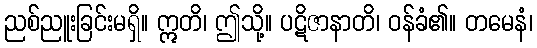
ညစ်ညူးခြင်းမရှိ။ ဣတိ၊ ဤသို့။ ပဋိဇာနာတိ၊ ဝန်ခံ၏။ တမေနံ၊